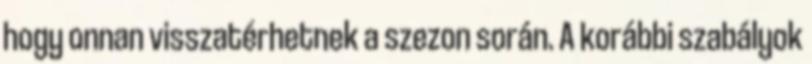
hogy onnan visszatérhetnek a szezon során. A korábbi szabályok